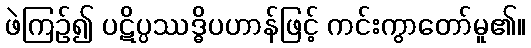
ဖဲကြဉ်၍ ပဋိပ္ပဿဒ္ဓိပဟာန်ဖြင့် ကင်းကွာတော်မူ၏။